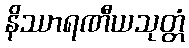
နိဿာရဏီယသုတ္တံ